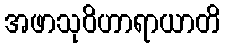
အဖာသုဝိဟာရာယာတိ